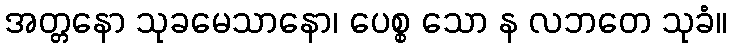
အတ္တနော သုခမေသာနော၊ ပေစ္စ သော န လဘတေ သုခံ။